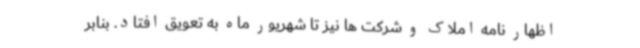
اظهار نامه املاک و شرکت ها نیز تا شهریور ماه به تعویق افتاد. بنابر